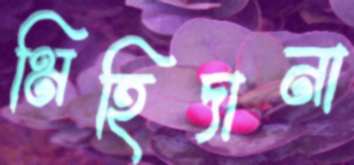
মিহিদানা